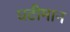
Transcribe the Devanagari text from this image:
घटीमान